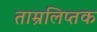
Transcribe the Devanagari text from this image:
ताम्रलिप्तक